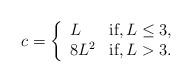
LaTeX: \begin{align*} c = \left\{ \begin{array}{ll} L & \mbox{if}, L \leq 3, \\ 8L^2 & \mbox{if}, L > 3. \end{array} \right.\end{align*}